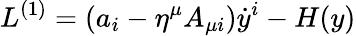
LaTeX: L^{(1)}=(a_{i}-\eta^{\mu}A_{\mu i})\dot{y}^{i}-H(y)